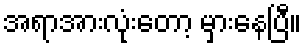
အရာအားလုံးတော့ မှားနေပြီ။